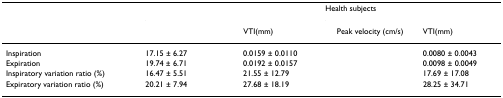
<table><thead><tr><td>[EMPTY_CELL]</td><td colspan="2">[EMPTY_CELL]</td><td colspan="2"><b>Health subjects</b></td></tr><tr><td>[EMPTY_CELL]</td><td>[EMPTY_CELL]</td><td><b>VTI(mm)</b></td><td><b>Peak velocity (cm/s)</b></td><td><b>VTI(mm)</b></td></tr></thead><tbody><tr><td>Inspiration</td><td>17.15 ± 6.27</td><td>0.0159 ± 0.0110</td><td>[EMPTY_CELL]</td><td>0.0080 ± 0.0043</td></tr><tr><td>Expiration</td><td>19.74 ± 6.71</td><td>0.0192 ± 0.0157</td><td>[EMPTY_CELL]</td><td>0.0098 ± 0.0049</td></tr><tr><td>Inspiratory variation ratio (%)</td><td>16.47 ± 5.51</td><td>21.55 ± 12.79</td><td>[EMPTY_CELL]</td><td>17.69 ± 17.08</td></tr><tr><td>Expiratory variation ratio (%)</td><td>20.21 ± 7.94</td><td>27.68 ± 18.19</td><td>[EMPTY_CELL]</td><td>28.25 ± 34.71</td></tr></tbody></table>